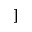
]